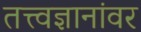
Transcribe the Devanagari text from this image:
तत्त्वज्ञानांवर